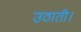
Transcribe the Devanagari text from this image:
उठाती।